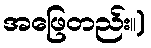
အဖြေတည်း။)